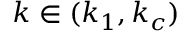
k \in ( k _ { 1 } , k _ { c } )